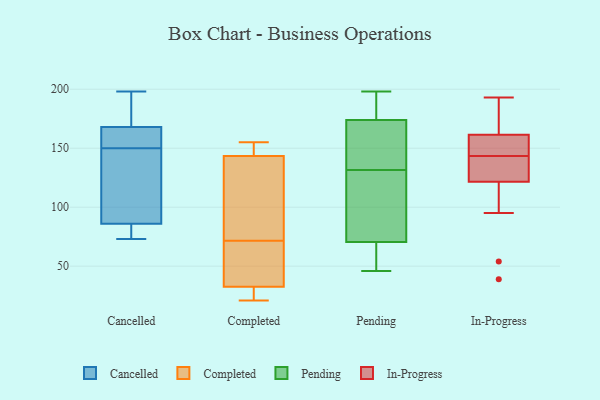
{"axis": {"x": "Budget (USD K)", "y": "Value"}, "legend": ["Cancelled", "Completed", "In-Progress", "Pending"], "data": [{"x": "", "y": 181, "type": "Cancelled"}, {"x": "", "y": 86, "type": "Cancelled"}, {"x": "", "y": 198, "type": "Cancelled"}, {"x": "", "y": 168, "type": "Cancelled"}, {"x": "", "y": 166, "type": "Cancelled"}, {"x": "", "y": 160, "type": "Cancelled"}, {"x": "", "y": 73, "type": "Cancelled"}, {"x": "", "y": 86, "type": "Cancelled"}, {"x": "", "y": 140, "type": "Cancelled"}, {"x": "", "y": 99, "type": "Cancelled"}, {"x": "", "y": 33, "type": "Completed"}, {"x": "", "y": 147, "type": "Completed"}, {"x": "", "y": 155, "type": "Completed"}, {"x": "", "y": 65, "type": "Completed"}, {"x": "", "y": 140, "type": "Completed"}, {"x": "", "y": 21, "type": "Completed"}, {"x": "", "y": 78, "type": "Completed"}, {"x": "", "y": 154, "type": "Completed"}, {"x": "", "y": 87, "type": "Completed"}, {"x": "", "y": 38, "type": "Completed"}, {"x": "", "y": 32, "type": "Completed"}, {"x": "", "y": 26, "type": "Completed"}, {"x": "", "y": 66, "type": "Pending"}, {"x": "", "y": 137, "type": "Pending"}, {"x": "", "y": 194, "type": "Pending"}, {"x": "", "y": 105, "type": "Pending"}, {"x": "", "y": 134, "type": "Pending"}, {"x": "", "y": 75, "type": "Pending"}, {"x": "", "y": 197, "type": "Pending"}, {"x": "", "y": 172, "type": "Pending"}, {"x": "", "y": 176, "type": "Pending"}, {"x": "", "y": 198, "type": "Pending"}, {"x": "", "y": 148, "type": "Pending"}, {"x": "", "y": 120, "type": "Pending"}, {"x": "", "y": 46, "type": "Pending"}, {"x": "", "y": 52, "type": "Pending"}, {"x": "", "y": 55, "type": "Pending"}, {"x": "", "y": 129, "type": "Pending"}, {"x": "", "y": 159, "type": "In-Progress"}, {"x": "", "y": 181, "type": "In-Progress"}, {"x": "", "y": 95, "type": "In-Progress"}, {"x": "", "y": 150, "type": "In-Progress"}, {"x": "", "y": 161, "type": "In-Progress"}, {"x": "", "y": 125, "type": "In-Progress"}, {"x": "", "y": 193, "type": "In-Progress"}, {"x": "", "y": 121, "type": "In-Progress"}, {"x": "", "y": 137, "type": "In-Progress"}, {"x": "", "y": 162, "type": "In-Progress"}, {"x": "", "y": 123, "type": "In-Progress"}, {"x": "", "y": 122, "type": "In-Progress"}, {"x": "", "y": 155, "type": "In-Progress"}, {"x": "", "y": 39, "type": "In-Progress"}, {"x": "", "y": 163, "type": "In-Progress"}, {"x": "", "y": 54, "type": "In-Progress"}]}